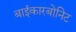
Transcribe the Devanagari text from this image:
बाईकारबोनिट